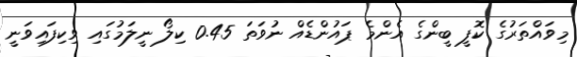
މިވައްތަރުގެ ކޮފީ ބީންގެ އެންމެ ޕައުންޑެއް ނުވަތަ 0.45 ކިލޯ ނީލަމުގައި ވިކިފައިވަނީ